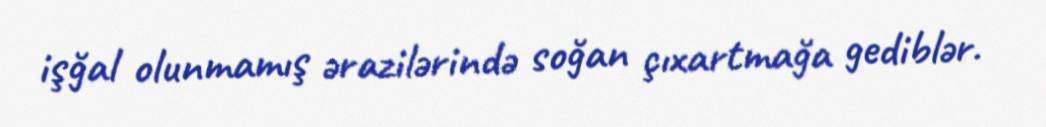
işğal olunmamış ərazilərində soğan çıxartmağa gediblər.